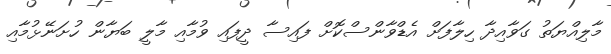
މާލިއްޔަތު ގަވާއިދާ ހިލާފަށް އެޑްވާންސްކޮށް ފައިސާ ދީފައި ވުމާއި މާލީ ބަޔާން ހުށަނޭޅުމާއި